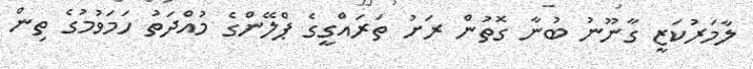
ލާމަރުކަޒީ ގާނޫނު ބުނާ ގޮތުން ރަށު ތަރައްގީގެ ޕްލޭންގެ މުއްދަތު ހަމަވުމުގެ ތިން